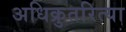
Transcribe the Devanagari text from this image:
अधिक्रुतरित्या